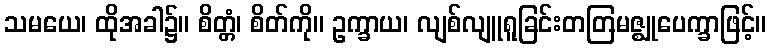
သမယေ၊ ထိုအခါ၌။ စိတ္တံ၊ စိတ်ကို။ ဥက္ခာယ၊ လျစ်လျူရူခြင်းတတြမဇ္ဈုပေက္ခာဖြင့်။